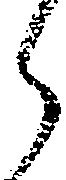
ら